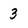
Character: 3